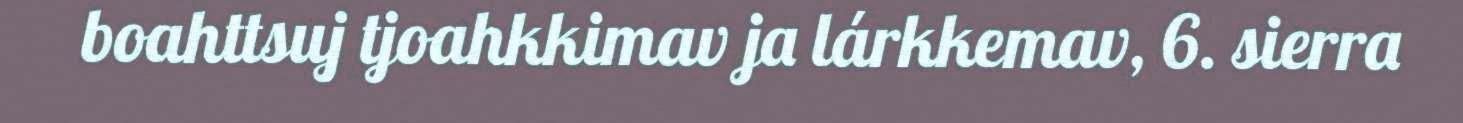
boahttsuj tjoahkkimav ja lárkkemav, 6. sierra